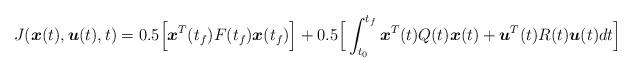
LaTeX: \begin{align*}J(\boldsymbol{x}(t),\boldsymbol{u}(t),t)= 0.5\Big[ \boldsymbol{x}^T(t_f) F(t_f) \boldsymbol{x}(t_f)\Big] + 0.5 \Big[ \int_{t_0}^{ t_f} \boldsymbol{x}^T(t)Q(t){\boldsymbol{x}}(t)+\boldsymbol{u}^T(t)R(t)\boldsymbol{u}(t) dt \Big]\end{align*}